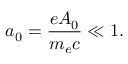
a _ { 0 } = \frac { e A _ { 0 } } { m _ { e } c } \ll 1 .